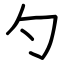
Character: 勺